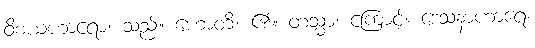
ဝိစယဟာရော၊ သည်။ ဟောတိ၊ ၏။ တသ္မာ၊ ကြောင့်။ ဒေသနာဟာရေ၊